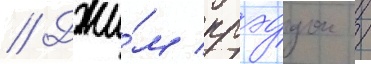
// Джи́м крэддок /